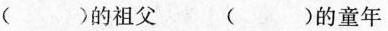
（）的祖父 （）的童年